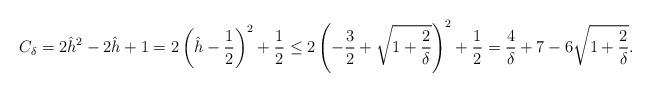
LaTeX: \begin{align*}C_\delta = 2 \hat h^2 - 2 \hat h + 1 = 2 \left(\hat h -\frac12 \right)^2 +\frac12 \le 2 \left( -\frac32 + \sqrt{1+\frac{2}\delta}\right)^2 + \frac12 = \frac4\delta + 7 - 6 \sqrt{1+\frac2\delta}.\end{align*}